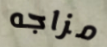
مزاجه